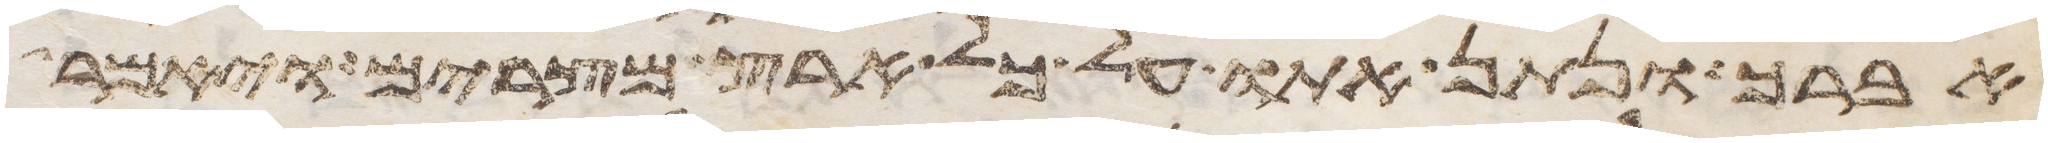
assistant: אברך ונתן אתו על כל ארץ מצרים ויאמר